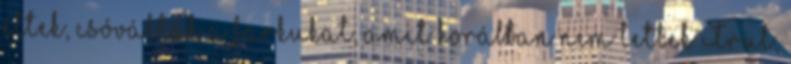
éltek, csóválták a farkukat, amit korábban nem tettek Trut,